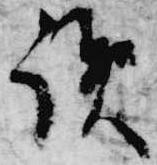
読